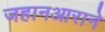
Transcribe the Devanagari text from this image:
जहानआराने